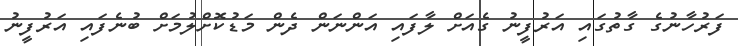
ފަރުހާނުގެ ގާތުގައި އަރުފީނު ގެއަށް ލާފައި އަންނަން ދެން މަޑުކޮށްލުމަށް ބުނެފައި އަރުފީނު